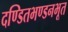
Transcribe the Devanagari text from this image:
दण्डितभण्डनभूत